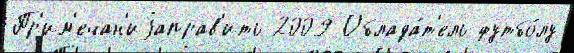
Пр'им'ечан'иjаправ'ить 2009 Облада́т'ель футбо́лу